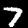
Digit: 7